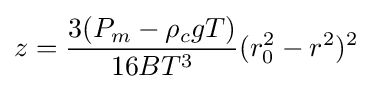
z={\frac {3(P_{m}-\rho _{c}gT)}{16BT^{3}}}(r_{0}^{2}-r^{2})^{2}